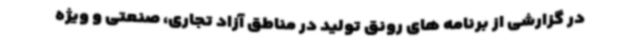
در گزارشی از برنامه های رونق تولید در مناطق آزاد تجاری، صنعتی و ویژه